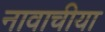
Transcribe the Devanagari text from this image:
नावाचीया